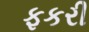
ફકરી